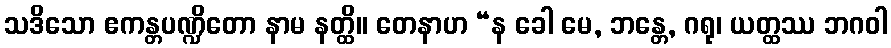
သဒိသော ဧကန္တပဏ္ဍိတော နာမ နတ္ထိ။ တေနာဟ “န ခေါ မေ, ဘန္တေ, ဂရု၊ ယတ္ထဿ ဘဂဝါ